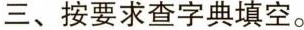
三、按要求查字典填空。